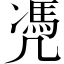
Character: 凴